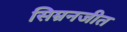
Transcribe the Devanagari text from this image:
सिम्रनजीत